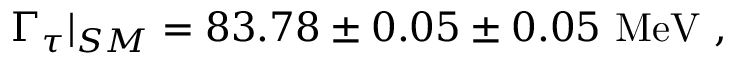
\Gamma _ { \tau } | _ { S M } = 8 3 . 7 8 \pm 0 . 0 5 \pm 0 . 0 5 \ \mathrm { M e V } \ ,